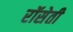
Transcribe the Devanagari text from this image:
रॉसेती